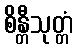
စိန္တီသုတ္တံ